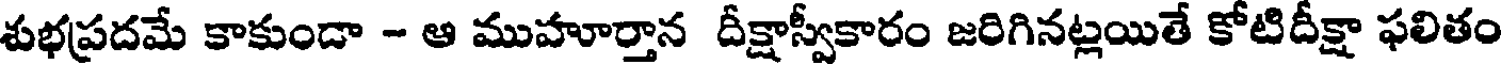
శుభప్రదమే కాకుండా - ఆ ముహూర్తాన దీక్షాస్వీకారం జరిగినట్లయితే కోటిదీక్షా ఫలితం